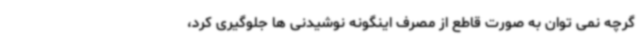
گرچه نمی توان به صورت قاطع از مصرف اینگونه نوشیدنی ها جلوگیری کرد،